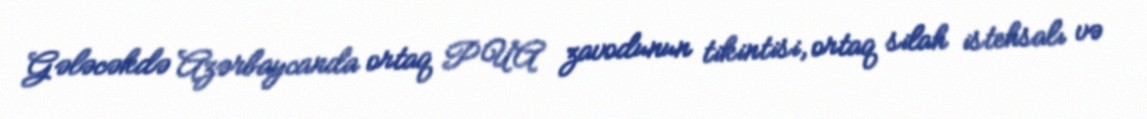
Gələcəkdə Azərbaycanda ortaq PUA zavodunun tikintisi, ortaq silah istehsalı və